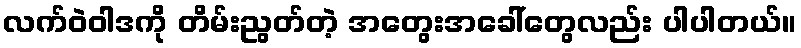
လက်ဝဲဝါဒကို တိမ်းညွတ်တဲ့ အတွေးအခေါ်တွေလည်း ပါပါတယ်။